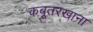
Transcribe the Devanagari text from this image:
कबूतरखाना